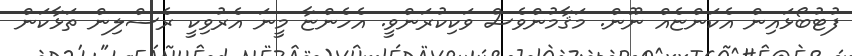
ފުޓުބޯޅައިން އެކަންޏެއް ނޫން. މަޤާމުންވެސް ވަކިކުރަންވީ. އެހެންޏާ މީނަ އެރުވިކީ ރެސްލިން ތަޅާކަން